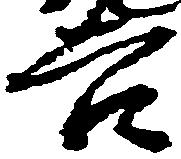
吉